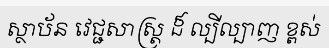
ស្ថាប័ន វេជ្ជសាស្ត្រ ដ៏ ល្បីល្បាញ ខ្ពស់